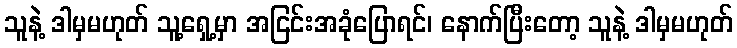
သူနဲ့ ဒါမှမဟုတ် သူ့ရှေ့မှာ အငြင်းအခုံပြောရင်၊ နောက်ပြီးတော့ သူနဲ့ ဒါမှမဟုတ်